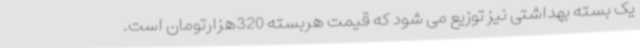
یک بسته بهداشتی نیز توزیع می شود که قیمت هربسته 320هزارتومان است.